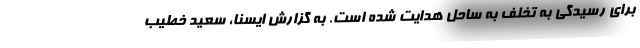
برای رسیدگی به تخلف به ساحل هدایت شده است. به گزارش ایسنا، سعید خطیب